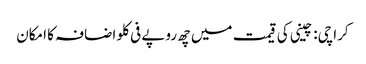
کراچی: چینی کی قیمت میں چھ روپے فی کلو اضافہ کا امکان